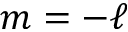
m = - \ell